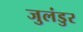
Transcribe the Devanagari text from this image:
जुलंडुर